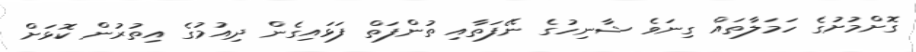
ގޮށްމުށުގެ ހަމަލާތައް ގިނަވެ ޝާނިހުގެ ނޭފަތާއި ތުންފަތް ފަޅައިގެން ދިއުމުގެ އިތުރުން ކޮޅަށް